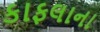
કાફલાના